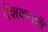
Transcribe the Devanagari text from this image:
देशकतकी